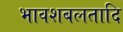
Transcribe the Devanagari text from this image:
भावशबलतादि